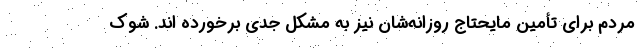
مردم برای تأمین مایحتاج روزانه‌شان نیز به مشکل جدی برخورده اند. شوک